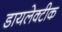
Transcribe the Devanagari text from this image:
डायलेक्टीक